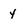
Character: y